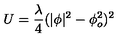
U = \frac { \lambda } { 4 } ( | \phi | ^ { 2 } - \phi _ { o } ^ { 2 } ) ^ { 2 }